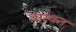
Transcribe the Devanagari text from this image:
वास्वत